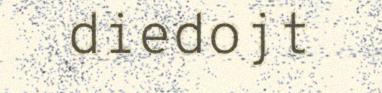
diedojt